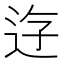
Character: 𨒣